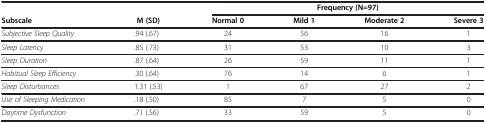
|  |  | <COLSPAN=4> Frequency (N=97) |
 | Subscale | M (SD) | Normal 0 | Mild 1 | Moderate 2 | Severe 3 |
 | --- | --- | --- | --- | --- | --- |
 | Subjective Sleep Quality | .94 (.67) | 24 | 56 | 16 | 1 |
 | Sleep Latency | .85 (.73) | 31 | 53 | 10 | 3 |
 | Sleep Duration | .87 (.64) | 26 | 59 | 11 | 1 |
 | Habitual Sleep Efficiency | .30 (.64) | 76 | 14 | 6 | 1 |
 | Sleep Disturbances | 1.31 (.53) | 1 | 67 | 27 | 2 |
 | Use of Sleeping Medication | .18 (.50) | 85 | 7 | 5 | 0 |
 | Daytime Dysfunction | .71 (.56) | 33 | 59 | 5 | 0 |